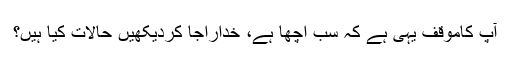
آپ کاموقف یہی ہے کہ سب اچھا ہے، خداراجا کردیکھیں حالات کیا ہیں؟